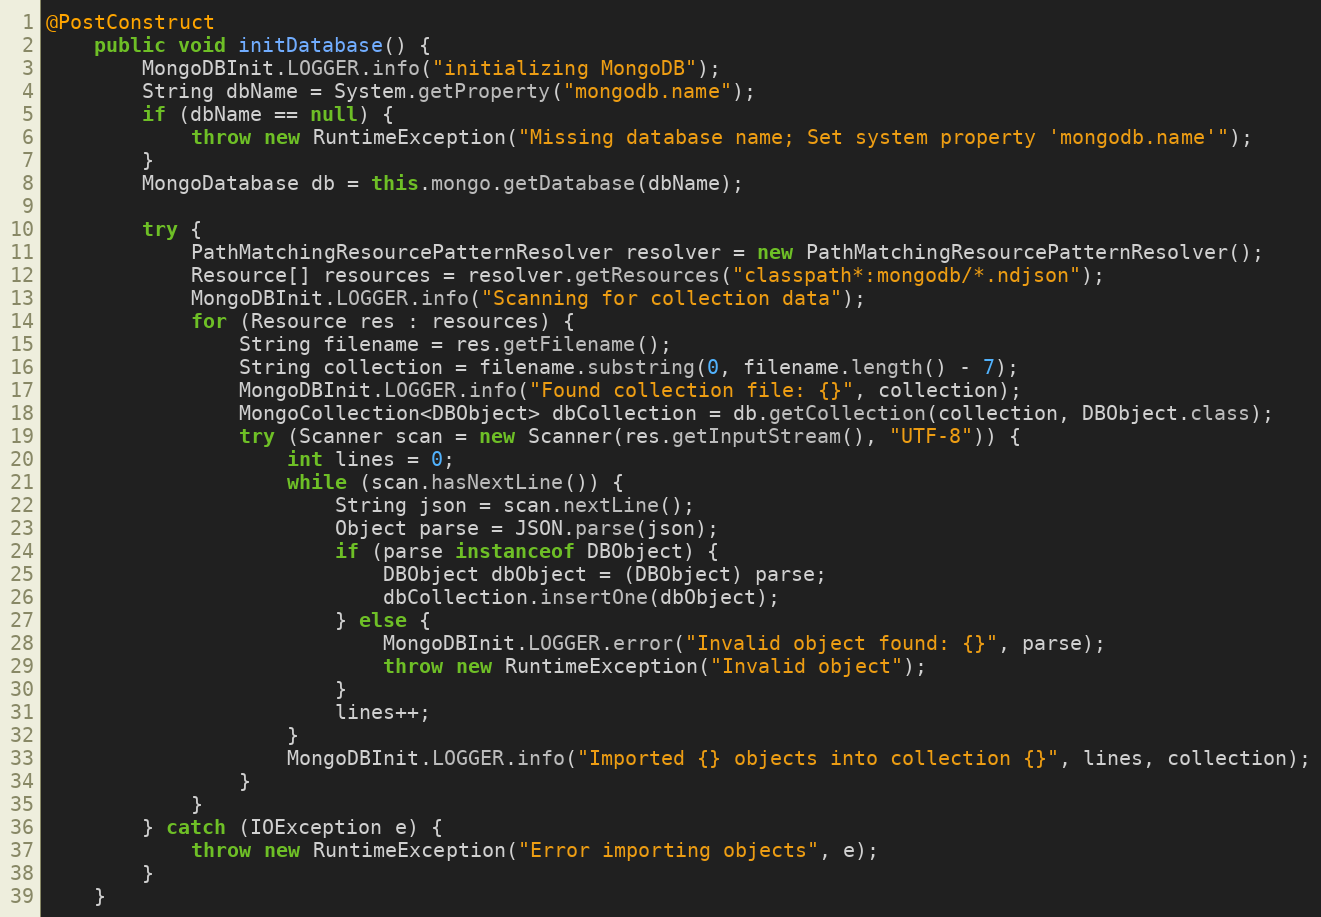
Language: Java
@PostConstruct
    public void initDatabase() {
        MongoDBInit.LOGGER.info("initializing MongoDB");
        String dbName = System.getProperty("mongodb.name");
        if (dbName == null) {
            throw new RuntimeException("Missing database name; Set system property 'mongodb.name'");
        }
        MongoDatabase db = this.mongo.getDatabase(dbName);

        try {
            PathMatchingResourcePatternResolver resolver = new PathMatchingResourcePatternResolver();
            Resource[] resources = resolver.getResources("classpath*:mongodb/*.ndjson");
            MongoDBInit.LOGGER.info("Scanning for collection data");
            for (Resource res : resources) {
                String filename = res.getFilename();
                String collection = filename.substring(0, filename.length() - 7);
                MongoDBInit.LOGGER.info("Found collection file: {}", collection);
                MongoCollection<DBObject> dbCollection = db.getCollection(collection, DBObject.class);
                try (Scanner scan = new Scanner(res.getInputStream(), "UTF-8")) {
                    int lines = 0;
                    while (scan.hasNextLine()) {
                        String json = scan.nextLine();
                        Object parse = JSON.parse(json);
                        if (parse instanceof DBObject) {
                            DBObject dbObject = (DBObject) parse;
                            dbCollection.insertOne(dbObject);
                        } else {
                            MongoDBInit.LOGGER.error("Invalid object found: {}", parse);
                            throw new RuntimeException("Invalid object");
                        }
                        lines++;
                    }
                    MongoDBInit.LOGGER.info("Imported {} objects into collection {}", lines, collection);
                }
            }
        } catch (IOException e) {
            throw new RuntimeException("Error importing objects", e);
        }
    }